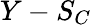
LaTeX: Y-S_{C}